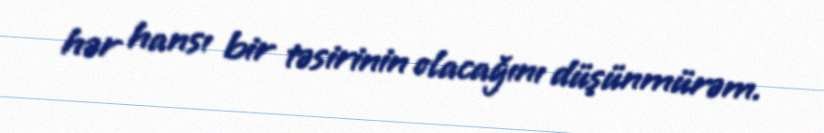
hər hansı bir təsirinin olacağını düşünmürəm.